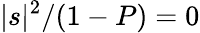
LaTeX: |s|^{2}/(1-P)=0